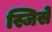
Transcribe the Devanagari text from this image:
स्जिसे